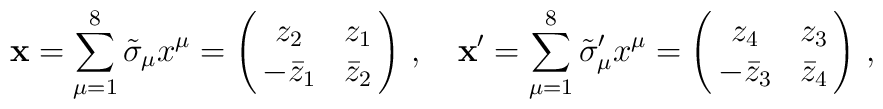
\mathbf{x}=\sum_{\mu =1}^8 \tilde{\sigma}_{\mu}x^{\mu}=\left( \begin{array}{@{\,}cc@{\,}}   z_2 & z_1\\  -\bar{z}_1  &  \bar{z}_2  \end{array}  \right)\,,\quad \mathbf{x}'=\sum_{\mu =1}^8 \tilde{\sigma}'_{\mu}x^{\mu}=\left( \begin{array}{@{\,}cc@{\,}}   z_4 & z_3\\  -\bar{z}_3  &  \bar{z}_4  \end{array}  \right)\,,